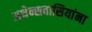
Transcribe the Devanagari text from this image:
अथेन्सवासियांना